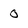
Character: 0